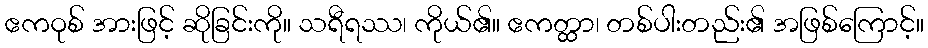
ဧကဝုစ် အားဖြင့် ဆိုခြင်းကို။ သရီရဿ၊ ကိုယ်၏။ ဧကတ္ထာ၊ တစ်ပါးတည်း၏ အဖြစ်ကြောင့်။